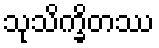
သုသိက္ခိတဿ